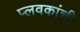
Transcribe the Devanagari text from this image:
प्लवकांची